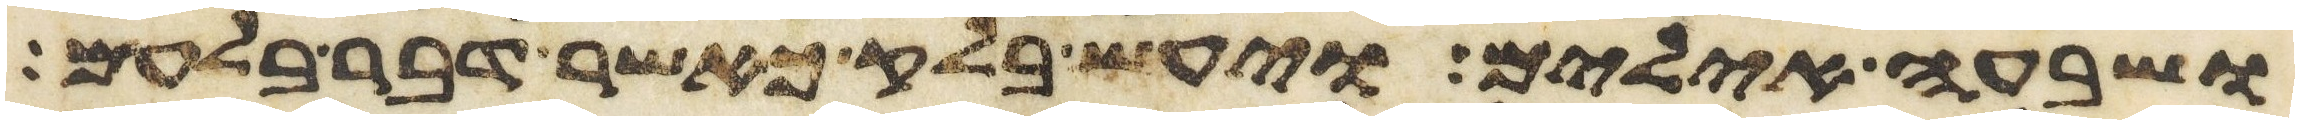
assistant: ושבעה אילים ויעש בלק כאשר דבר בלעם